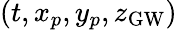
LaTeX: (t,x_{p},y_{p},z_{\mathrm{GW}})